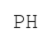
РН